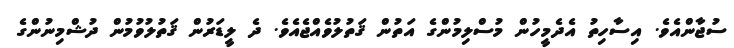
ސުޖާންއެވެ. އިސާހިތު އެދެމީހުން މުސްލިމުންގެ އަތުން ޤަތުލުވެއްޖެއެވެ. ދެ ލީޑަރުން ޤަތުލުވުމުން ދުޝްމިނުންގެ